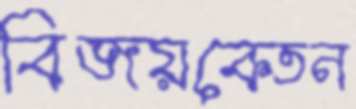
বিজয়কেতন